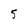
Character: 5